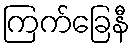
ကြက်ခြေနီ